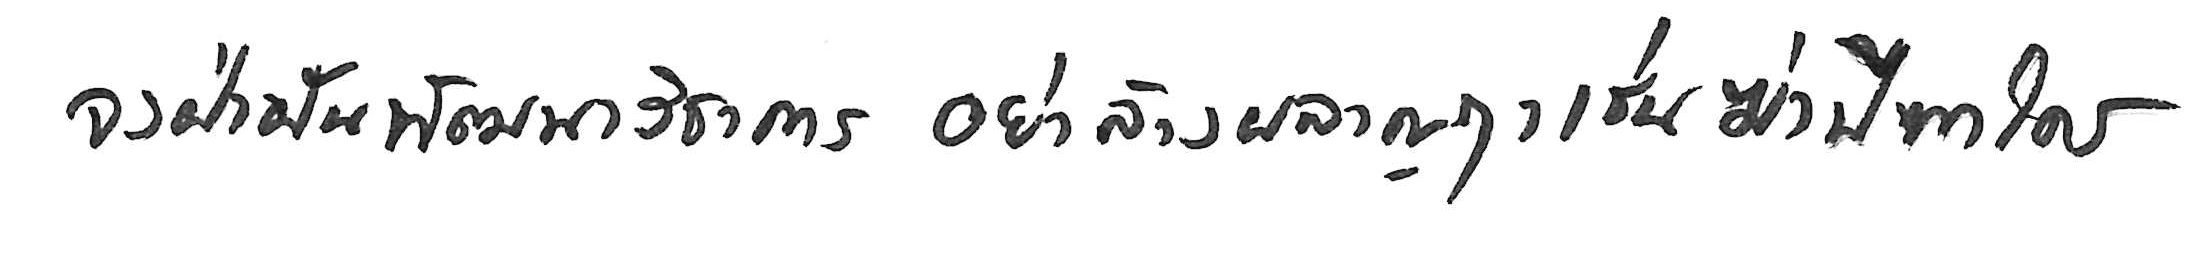
จงฝ่าฟันพัฒนาวิชาการ อย่าล้างผลาญฤๅเข่นฆ่าบีฑาใคร